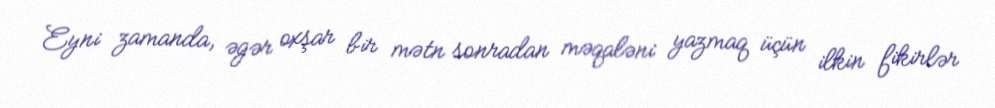
Eyni zamanda, əgər oxşar bir mətn sonradan məqaləni yazmaq üçün ilkin fikirlər